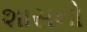
શાસનો